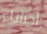
أحشاء